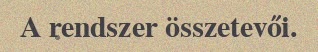
A rendszer összetevői.